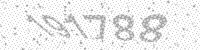
Solution: 191788